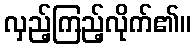
လှည့်ကြည့်လိုက်၏။